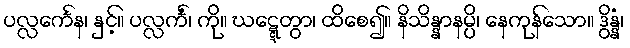
ပလ္လင်္ကေန၊ နှင့်။ ပလ္လင်္ကံ၊ ကို။ ဃဋ္ဋေတွာ၊ ထိစေ၍။ နိသိန္နာနမ္ပိ၊ နေကုန်သော။ ဒွိန္နံ၊